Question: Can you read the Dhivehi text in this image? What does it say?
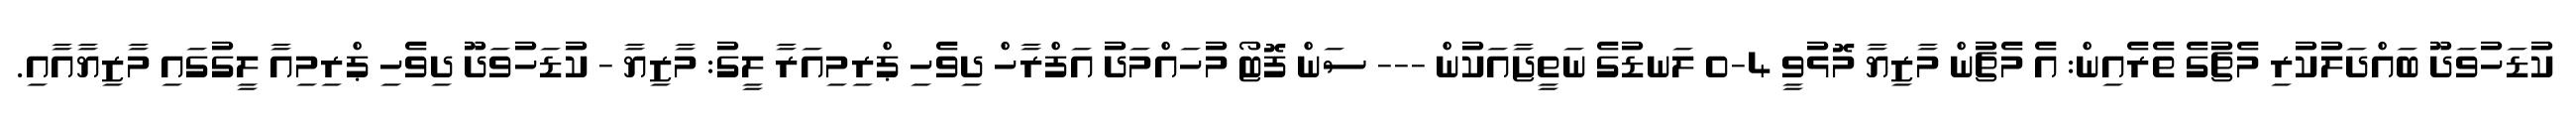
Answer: ކުޑަހުވަދޫ ބައްދަލުކުރި މެޗުގެ ތެރެއިން: އެ މެޗުން މާޒިޔާ މޮޅުވީ 4-0 ލަނޑުގެ ނަތީޖާއަކުން --- ސަން ފޮޓޯ މުހައްމަދު އަފްރާހް ދިވެހި ޕްރިމިއަރާ ލީގު: މާޒިޔާ - ކުޑަހުވަދޫ ދިވެހި ޕްރިމިއާ ލީގުގައި މާޒިޔާއާއި.